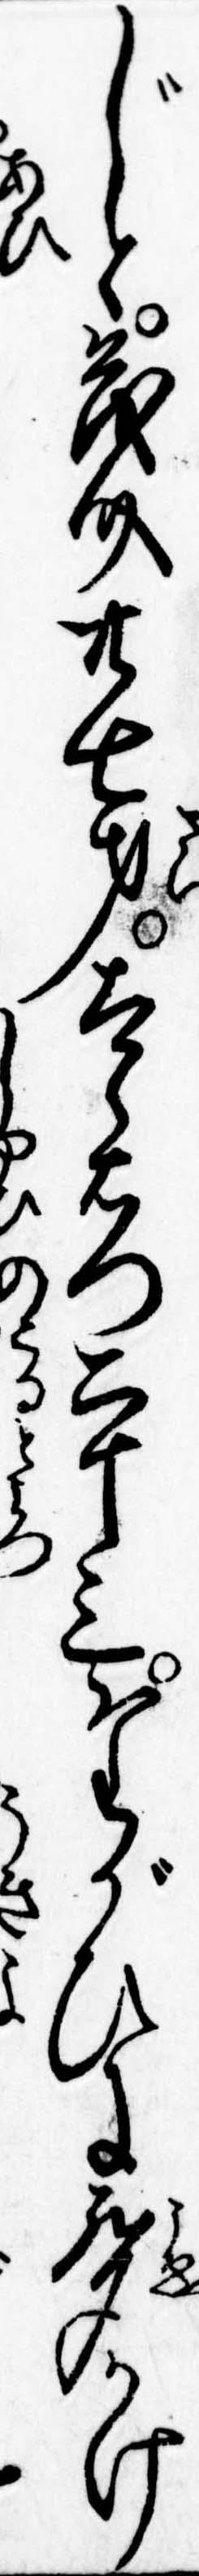
じと茂介廿七才太郎右門二十三たがひに声かけ